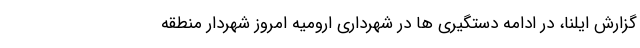
گزارش ایلنا، در ادامه دستگیری ها در شهرداری ارومیه امروز شهردار منطقه